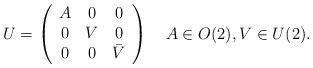
LaTeX: \begin{align*}U = \left( \begin{array}{ccc} A & 0 & 0 \\ 0 & V & 0 \\ 0 & 0 & \bar{V} \end{array} \right) \quad A \in O(2), V \in U(2) .\end{align*}